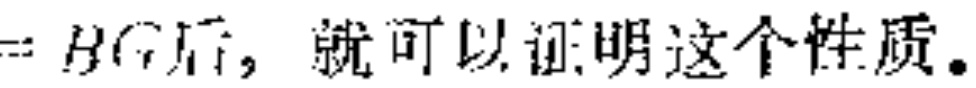
$=BC后，就可以证明这个性质。$